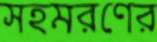
সহমরণের